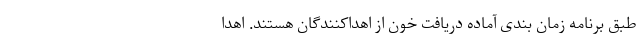
طبق برنامه زمان بندی آماده دریافت خون از اهداکنندگان هستند. اهدا